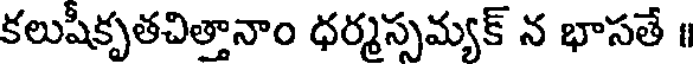
కలుషీకృతచిత్తానాం ధర్మస్సమ్యక్ న భాసతే